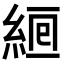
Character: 𦀞